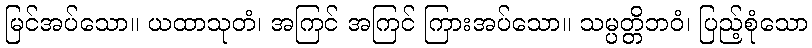
မြင်အပ်သော။ ယထာသုတံ၊ အကြင် အကြင် ကြားအပ်သော။ သမ္ပတ္တိဘဝံ၊ ပြည့်စုံသော